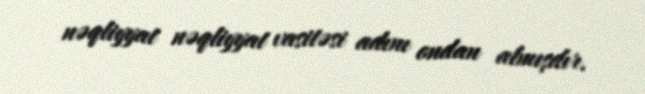
nəqliyyat nəqliyyat vasitəsi adını ondan almışdır.